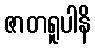
ဇာတရူပါနိ